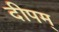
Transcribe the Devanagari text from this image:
दीपम्‌